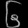
Digit: ၆